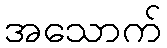
အသောက်